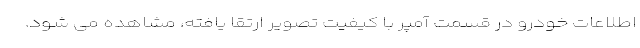
اطلاعات خودرو در قسمت آمپر با کیفیت تصویر ارتقا یافته، مشاهده می شود.